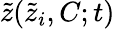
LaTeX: \tilde{z}(\tilde{z}_{i},C;t)